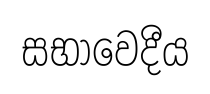
සභාවෙදීය